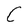
Character: C